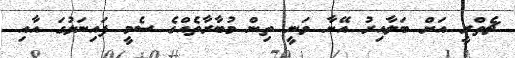
ޗެތްރީ އަށް ބަލާއިރު އޭނާ ވަނީ ތިން މުބާރާތެއްގެ ސެމީ ފައިނަލުގަ އާއި